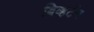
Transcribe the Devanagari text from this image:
बिव्हर्टन